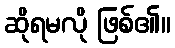
ဆိုရမလို ဖြစ်၏။